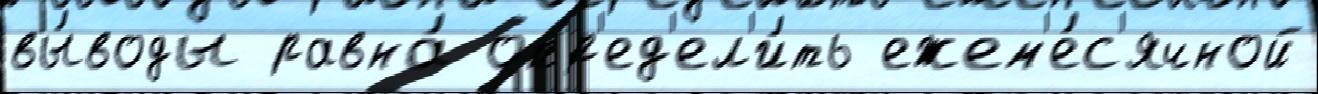
вы́воды равна́ опр'ед'ел'и́ть ежем'е́с'ячной